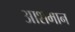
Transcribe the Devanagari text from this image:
आशमान